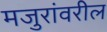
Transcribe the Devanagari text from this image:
मजुरांवरील